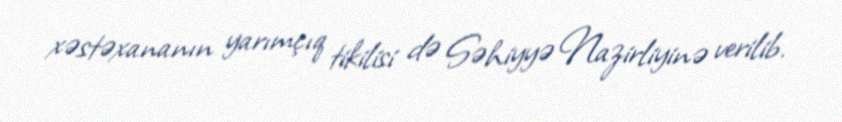
xəstəxananın yarımçıq tikilisi də Səhiyyə Nazirliyinə verilib.